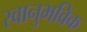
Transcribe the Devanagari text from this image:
स्वानुभविक